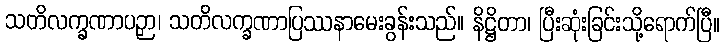
သတိလက္ခဏာပဉှာ၊ သတိလက္ခဏာပြဿနာမေးခွန်းသည်။ နိဋ္ဌိတာ၊ ပြီးဆုံးခြင်းသို့ရောက်ပြီ။